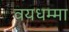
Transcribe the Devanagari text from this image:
वयधम्मा